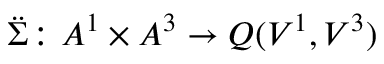
\Ddot { \Sigma } \colon A ^ { 1 } \times A ^ { 3 } \to Q ( V ^ { 1 } , V ^ { 3 } )